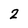
Character: 2